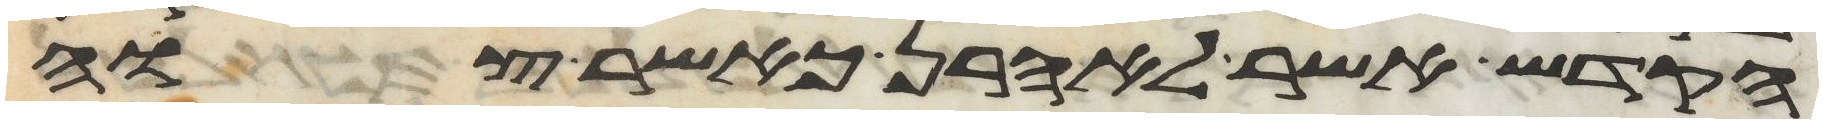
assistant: הקדש אשר לאהרן כאשר צוה